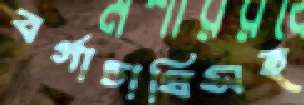
বর্গাচাষিসহ